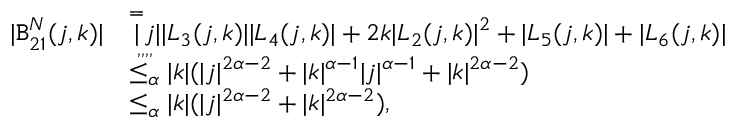
\begin{array} { r l } { | \mathtt { B } _ { 2 1 } ^ { N } ( j , k ) | } & { \overset = | j | | L _ { 3 } ( j , k ) | | L _ { 4 } ( j , k ) | + 2 k | L _ { 2 } ( j , k ) | ^ { 2 } + | L _ { 5 } ( j , k ) | + | L _ { 6 } ( j , k ) | } \\ & { \overset { , , , , } { \le _ { \alpha } } | k | ( | j | ^ { 2 \alpha - 2 } + | k | ^ { \alpha - 1 } | j | ^ { \alpha - 1 } + | k | ^ { 2 \alpha - 2 } ) } \\ & { \le _ { \alpha } | k | ( | j | ^ { 2 \alpha - 2 } + | k | ^ { 2 \alpha - 2 } ) , } \end{array}